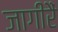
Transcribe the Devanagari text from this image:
जागीरैं